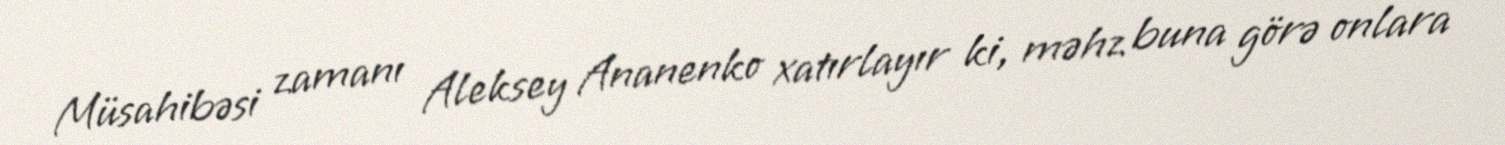
Müsahibəsi zamanı Aleksey Ananenko xatırlayır ki, məhz buna görə onlara